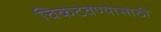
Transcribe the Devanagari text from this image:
चिकटवण्यासाठी